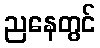
ညနေတွင်